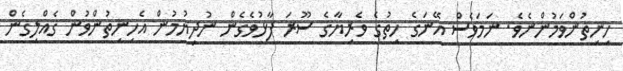
ހިނިތުންވަމުންނެވެ. ނަމަވެސް އޭނަގެ ހިތުގެ ވެރިޔާގެ ސޫރަ ފާޅުވެގެން ނުދިޔުމުން އެހިނިތުންވުން ގެއްލިގެން